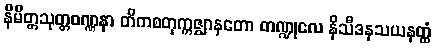
နိမိတ္တသုတ္တဝဏ္ဏနာ တိကစတုက္ကဇ္ဈာနတော တဏ္ဍုလေ နိသီဒနသယနတ္ထံ